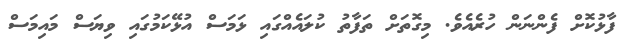
ފާޅުކޮށް ފެންނަން ހުރެއެވެ. މިގޮތަށް ތަފާތު ކުލައެއްގައި ޅަމަސް އުޅޭކަމުގައި ވިޔަސް މައިމަސް